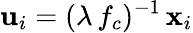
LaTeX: \mathbf{u}_{i}=(\lambda\, f_{c})^{-1}\, \mathbf{x}_{i}